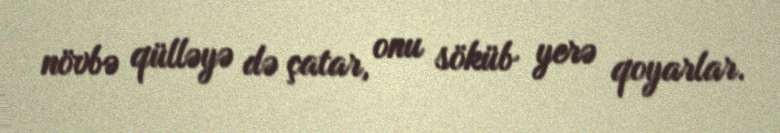
növbə qülləyə də çatar, onu söküb yerə qoyarlar.